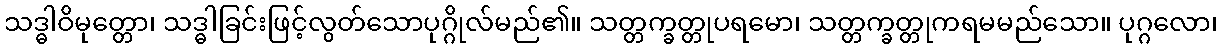
သဒ္ဓါဝိမုတ္တော၊ သဒ္ဓါခြင်းဖြင့်လွတ်သောပုဂ္ဂိုလ်မည်၏။ သတ္တက္ခတ္တုပရမော၊ သတ္တက္ခတ္တုကရမမည်သော။ ပုဂ္ဂလော၊